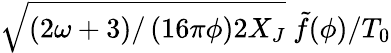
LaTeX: \sqrt{\left({2\omega+3}\right)/\left({16\pi\phi}\right)2X_{J}}~{\tilde{f}(\phi)}/{T_{0}}